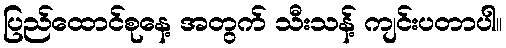
ပြည်ထောင်စုနေ့ အတွက် သီးသန့် ကျင်းပတာပါ။